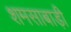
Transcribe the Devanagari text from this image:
शमसाबाड़ी